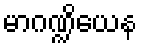
မာဂဏ္ဍိယေန